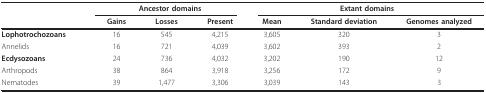
|  | <COLSPAN=3> Ancestor domains | <COLSPAN=3> Extant domains |
 |  | Gains | Losses | Present | Mean | Standard deviation | Genomes analyzed |
 | --- | --- | --- | --- | --- | --- | --- |
 | Lophotrochozoans | 16 | 545 | 4,215 | 3,605 | 320 | 3 |
 | Annelids | 16 | 721 | 4,039 | 3,602 | 393 | 2 |
 | Ecdysozoans | 24 | 736 | 4,032 | 3,202 | 190 | 12 |
 | Arthropods | 38 | 864 | 3,918 | 3,256 | 172 | 9 |
 | Nematodes | 39 | 1,477 | 3,306 | 3,039 | 143 | 3 |